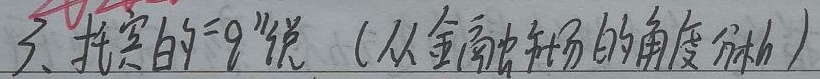
3. 托宾的“q”说（从金融市场的角度分析）